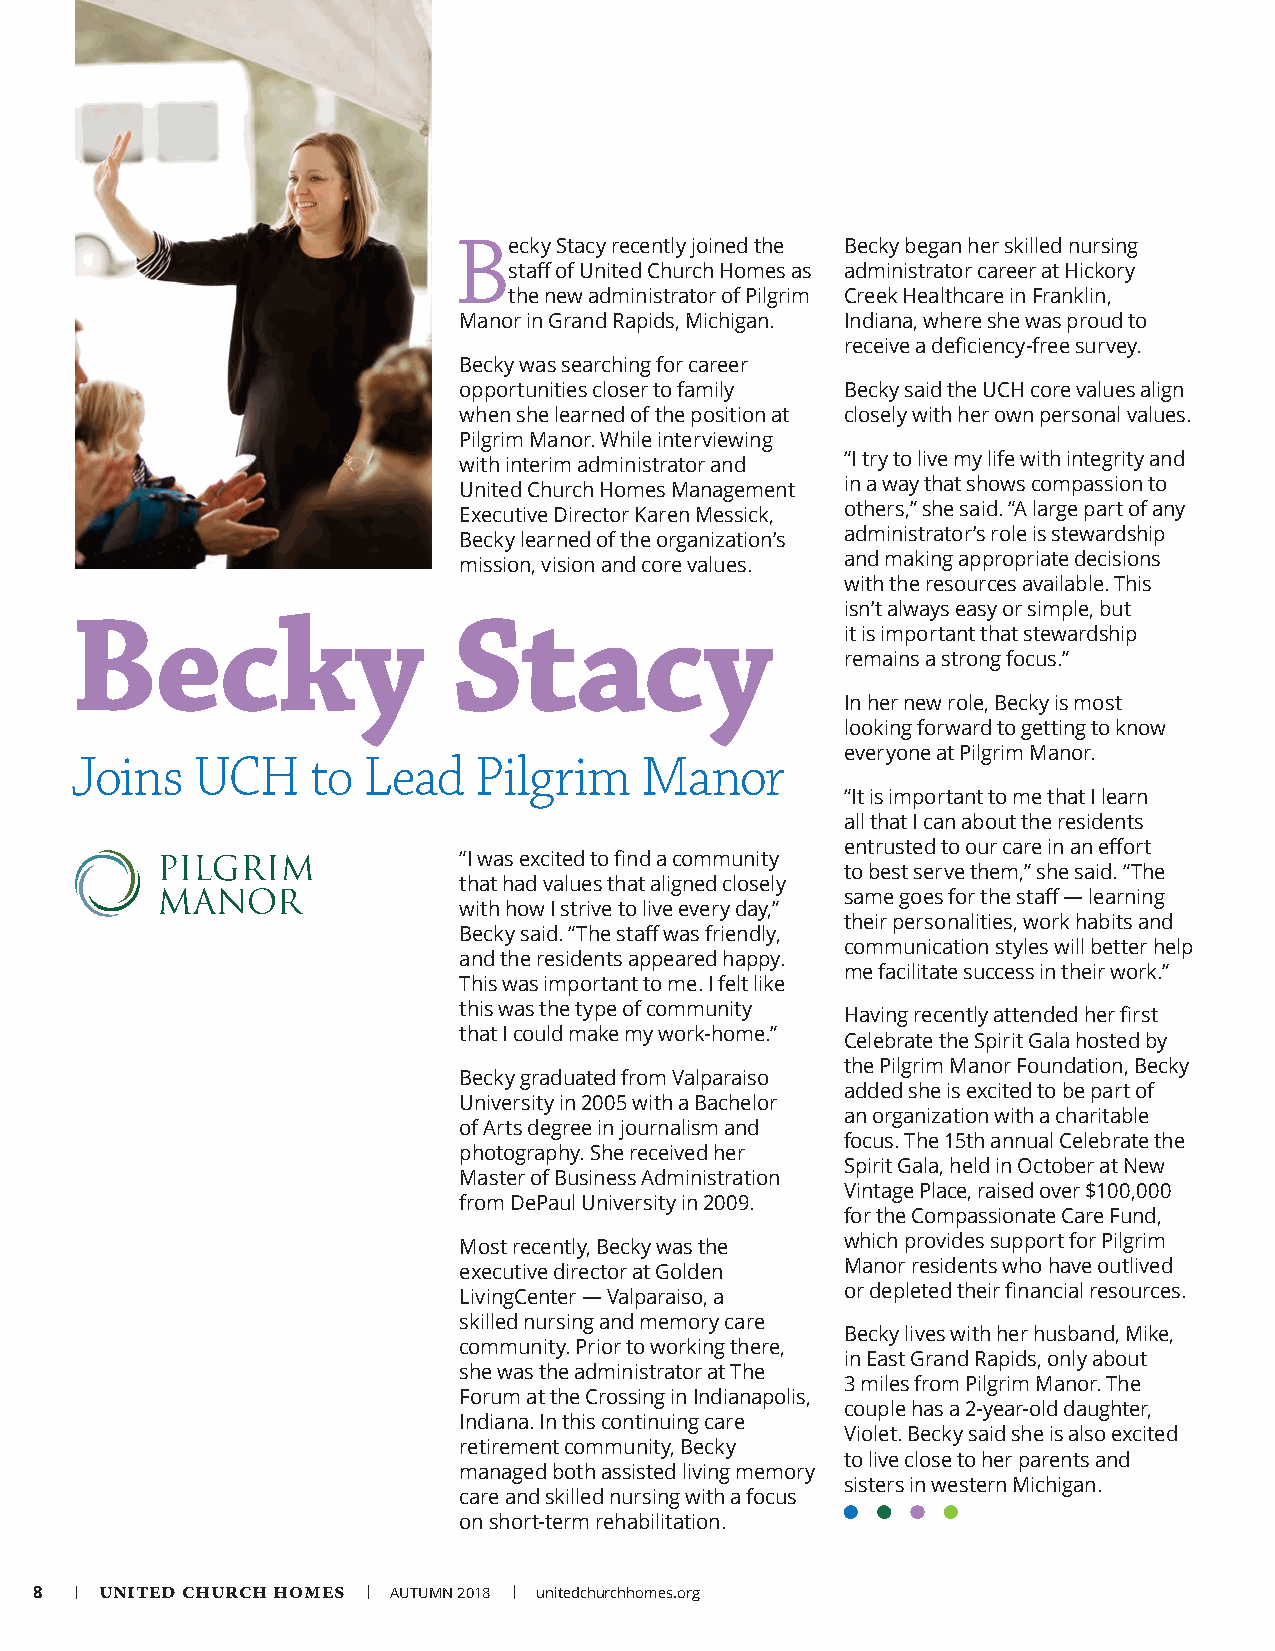
Becky  Stacy recently joined the Becky began her skilled nursing
 staff of United Church Homes as administrator career at Hickory
 the new administrator of Pilgrim Creek Healthcare in Franklin,
 Manor in Grand Rapids, Michigan. Indiana, where she was proud to
 receive a deficiency-free survey.
 Becky was searching for career
 opportunities closer to family Becky said the UCH core values align
 when she learned of the position at closely with her own personal values.
 Pilgrim Manor. While interviewing
 with interim administrator and “I try to live my life with integrity and
 United Church Homes Management in a way that shows compassion to
 Executive Director Karen Messick, others,” she said. “A large part of any
 Becky learned of the organization’s administrator’s role is stewardship
 mission, vision and core values. and making appropriate decisions
 with the resources available. This
 isn’t always easy or simple, but
 Becky                    Stacy
 it is important that stewardship
 remains a strong focus.”
 In her new role, Becky is most
 looking forward to getting to know
 everyone at Pilgrim Manor.
 Joins   UCH    to  Lead   Pilgrim    Manor
 “It is important to me that I learn
 all that I can about the residents
 entrusted to our care in an effort
 “I was excited to find a community
 to best serve them,” she said. “The
 that had values that aligned closely
 same goes for the staff — learning
 with how I strive to live every day,”
 their personalities, work habits and
 Becky said. “The staff was friendly,
 communication styles will better help
 and the residents appeared happy.
 me facilitate success in their work.”
 This was important to me. I felt like
 this was the type of community Having recently attended her first
 that I could make my work-home.” Celebrate the Spirit Gala hosted by
 the Pilgrim Manor Foundation, Becky
 Becky graduated from Valparaiso
 added she is excited to be part of
 University in 2005 with a Bachelor
 an organization with a charitable
 of Arts degree in journalism and
 focus. The 15th annual Celebrate the
 photography. She received her
 Spirit Gala, held in October at New
 Master of Business Administration
 Vintage Place, raised over $100,000
 from DePaul University in 2009.
 for the Compassionate Care Fund,
 Most recently, Becky was the which provides support for Pilgrim
 executive director at Golden Manor residents who have outlived
 LivingCenter — Valparaiso, a or depleted their financial resources.
 skilled nursing and memory care
 Becky lives with her husband, Mike,
 community. Prior to working there,
 in East Grand Rapids, only about
 she was the administrator at The
 3 miles from Pilgrim Manor. The
 Forum at the Crossing in Indianapolis,
 couple has a 2-year-old daughter,
 Indiana. In this continuing care
 Violet. Becky said she is also excited
 retirement community, Becky
 to live close to her parents and
 managed both assisted living memory
 sisters in western Michigan.
 care and skilled nursing with a focus
 on short-term rehabilitation.
 8  | UNITED CHURCH HOMES | AUTUMN 2018 | unitedchurchhomes.org